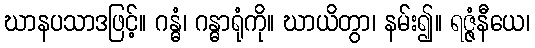
ဃာနပသာဒဖြင့်။ ဂန္ဓံ၊ ဂန္ဓာရုံကို။ ဃာယိတွာ၊ နမ်း၍။ ရဇ္ဇံနီယေ၊